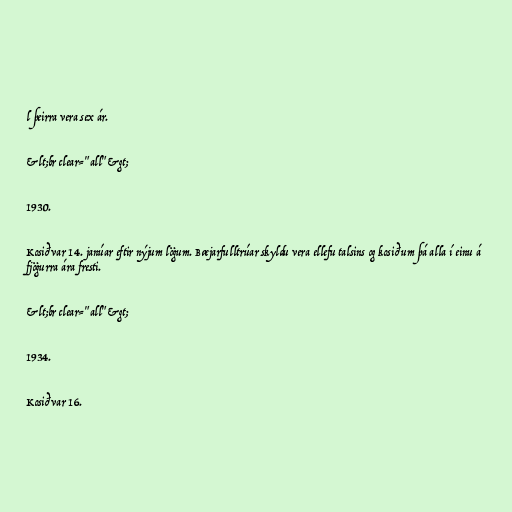
l þeirra vera sex ár.

&lt;br clear="all"&gt;

1930.

Kosið var 14. janúar eftir nýjum lögum. Bæjarfulltrúar skyldu vera ellefu talsins og kosið um þá alla í einu á
fjögurra ára fresti.

&lt;br clear="all"&gt;

1934.

Kosið var 16.